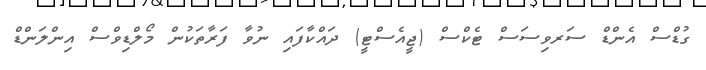
ގުޑްސް އެންޑް ސަރވިސަސް ޓެކްސް (ޖީއެސްޓީ) ދައްކާފައި ނުވާ ފަރާތަކުން މޯލްޑިވްސް އިންލަންޑް